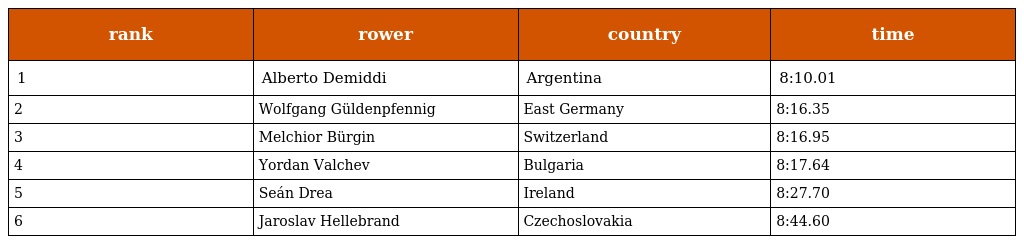
| rank | rower | country | time |
 | --- | --- | --- | --- |
 | 1 | Alberto Demiddi | Argentina | 8:10.01 |
 | 2 | Wolfgang Güldenpfennig | East Germany | 8:16.35 |
 | 3 | Melchior Bürgin | Switzerland | 8:16.95 |
 | 4 | Yordan Valchev | Bulgaria | 8:17.64 |
 | 5 | Seán Drea | Ireland | 8:27.70 |
 | 6 | Jaroslav Hellebrand | Czechoslovakia | 8:44.60 |